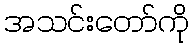
အသင်းတော်ကို